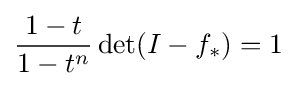
{\frac {1-t}{1-t^{n}}}\det(I-f_{*})=1